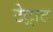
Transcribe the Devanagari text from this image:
टेट्राट